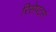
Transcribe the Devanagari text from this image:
रिसेपटर्स